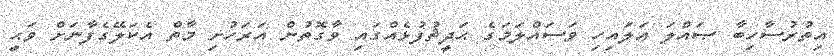
އިތުރުސާހިބާ ޞައްލަ ޢަލައިހި ވަސައްލަމަގެ ޙަދީޘުފުޅެއްގައި ވާގޮތުން އަރަހުށި މާތް އެކަލޭގެފާނަށް ވަޙީ